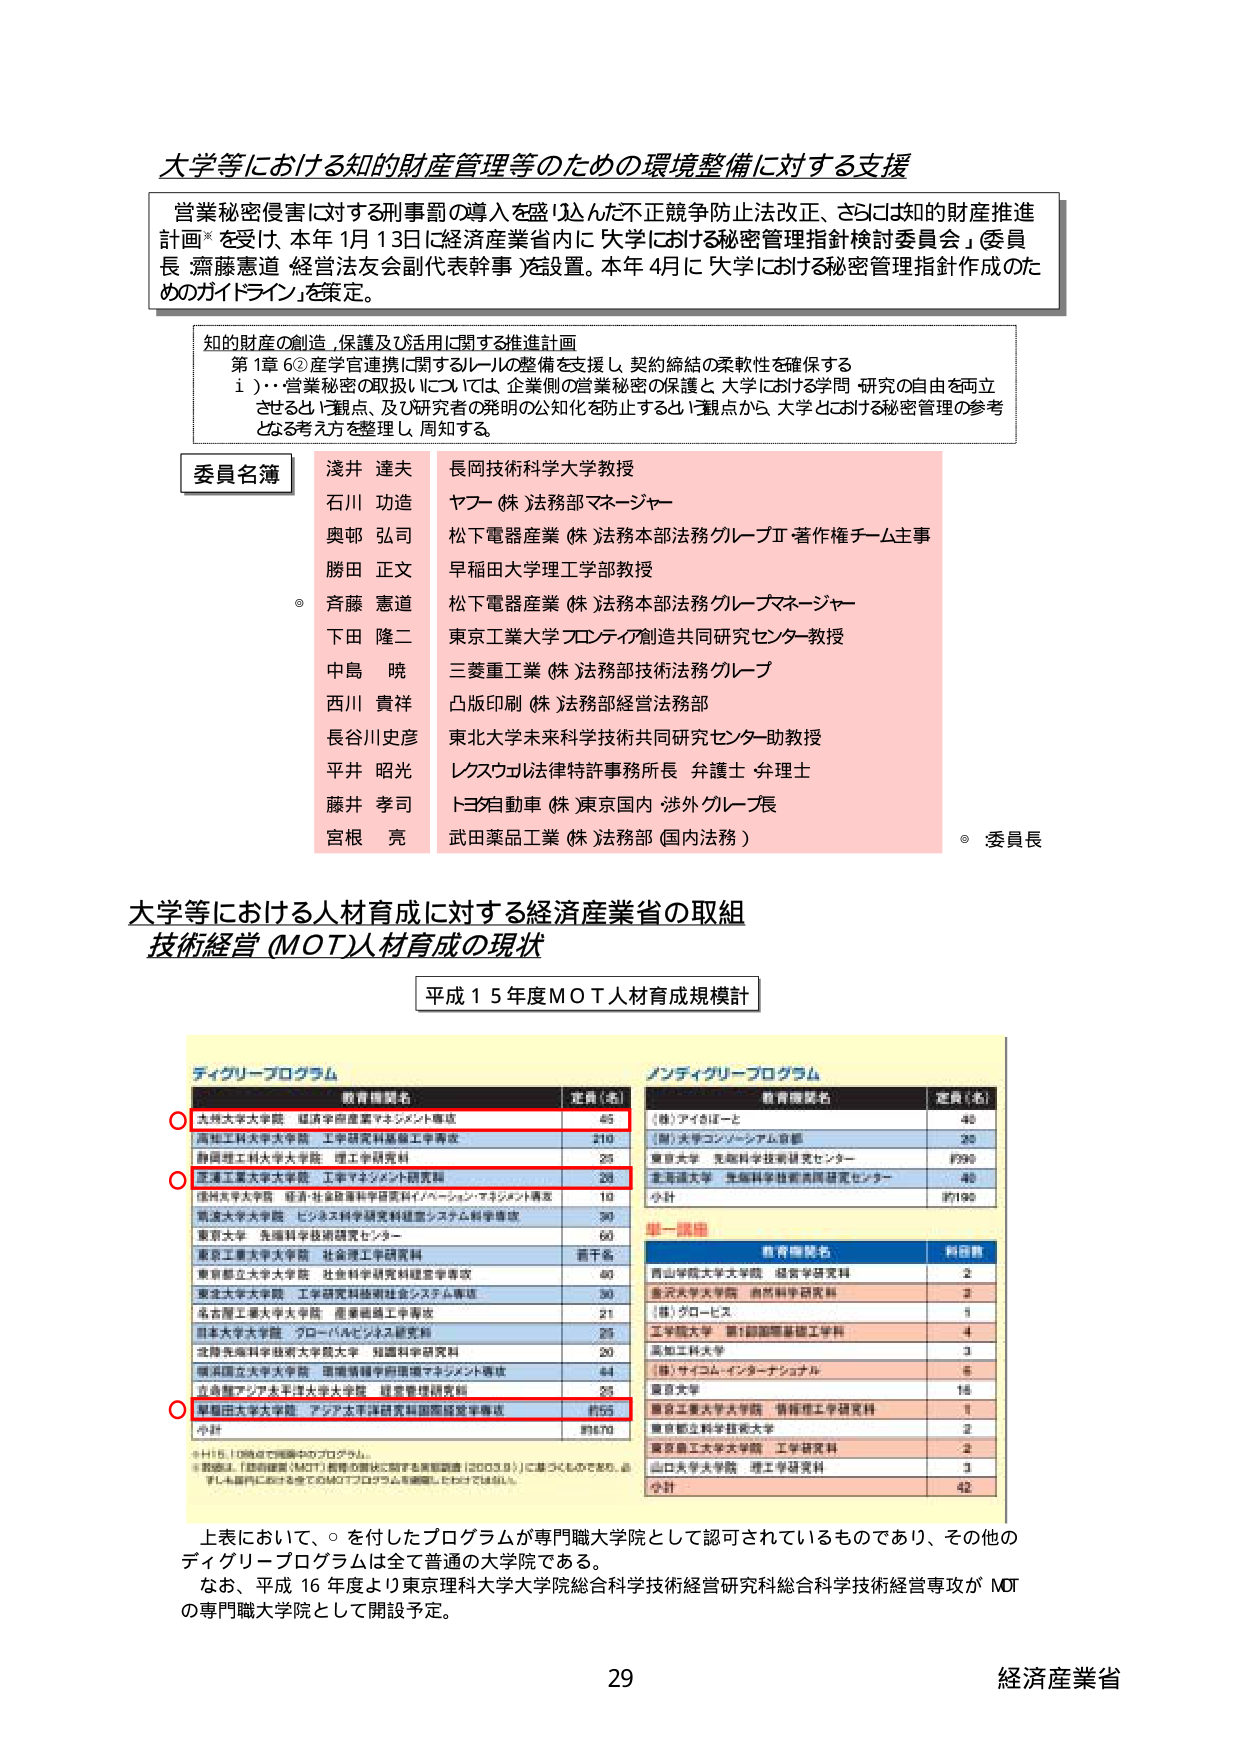
大学等における知的財産管理等のための環境整備に対する支援

営業秘密侵害に対する刑事罰の導入を盛り込んだ不正競争防止法改正、さらには知的財産推進計画*を受け、本年1月13日に経済産業省内に「大学における秘密管理指針検討委員会」（委員長 齋藤恵道 経営法友会副代表幹事）を設置。本年4月に「大学における秘密管理指針作成のためのガイドライン」を策定。

知的財産の創造、保護及び活用に関する推進計画
第1章 6②産学官連携に関するルールの整備を支援し、契約締結の柔軟性を確保する
1）・営業秘密の取扱いについては、企業側の営業秘密の保護と、大学における学問・研究の自由を両立させるという観点、及び研究者の発明の公知化を防止するという観点から、大学における秘密管理の参考となる考え方を整理し、周知する。

委員名簿
浅井 達夫 長岡技術科学大学教授
石川 功造 ヤフー（株）法務部マネージャー
奥邨 弘司 松下電器産業（株）法務本部法務グループⅡ 著作権チーム主事
勝田 正文 早稲田大学理工学部教授
斉藤 恵道 松下電器産業（株）法務本部法務グループマネージャー
下田 隆二 東京工業大学プロテクティア創造共同研究センター教授
中島 暁 三菱重工業（株）法務部技術法務グループ
西川 貴祥 凸版印刷（株）法務部経営法務部
長谷川史彦 東北大学未来科学技術共同研究センター助教授
平井 昭光 レクスウェル法律特許事務所長 弁護士・弁理士
藤井 孝司 トヨタ自動車（株）東京国内・渉外グループ長
宮根 亮 武田薬品工業（株）法務部（国内法務）
◎ 委員長

大学等における人材育成に対する経済産業省の取組
技術経営（MOT）人材育成の現状

平成15年度MOT人材育成規模計

ディグリープログラム
教育機関名 定員（名）
○ 北海道大学大学院 経済学研究科経営マネジメント専攻 45
高知工科大学大学院 工学研究科基盤工学専攻 210
静岡理工科大学大学院 理工学研究科 25
○ 茨城工業大学大学院 工学マネジメント研究科 25
信州大学大学院 経済・社会基盤科学研究科インフォーメーションマネジメント専攻 10
筑波大学大学院 システム科学研究科経営システム科学専攻 30
東京大学 先端科学技術研究センター 60
東京工業大学大学院 社会理工学研究科 若干名
東京都市立大学大学院 社会科学研究科経営学専攻 60
東北大学大学院 工学研究科技術社会システム専攻 30
名古屋工業大学大学院 産業創造工学専攻 21
日本大学大学院 プロダクトマネジメント研究科 25
北陸先端科学技術大学院大学 知識科学研究科 20
横浜国立大学大学院 国際情報学府情報マネジメント専攻 64
○ 京都産業大学大学院 経営管理研究科 25
早稲田大学大学院 アジア太平洋研究科国際経営専攻 約55
小計 約470

※H15.10時点で掲載中のプログラム。
※数値は、「経営職（MOT）人材育成推進に関する基本調査（2003.8）」に基づくものであり、必ずしも現行における全てのMOTプログラムを網羅したわけではありません。

ノンディグリープログラム
教育機関名 定員（名）
（株）アイキぼーと 40
（財）大学コンソーシアム京都 20
東京大学 先端科学技術研究センター 約90
北海道大学 先端科学技術共同研究センター 40
小計 約190

単一講座
教育機関名 料金数
青山学院大学大学院 経営学研究科 2
金沢大学大学院 自然科学研究科 2
（株）クロービス 1
工学院大学 第1回国際基盤工学科 4
高知工科大学 3
（株）サイコム・インターナショナル 5
東京大学 16
東京工業大学大学院 情報理工学研究科 1
東京都立科学技術大学 2
東京農工大学大学院 工学研究科 2
山口大学大学院 理工学研究科 3
小計 42

上表において、○を付したプログラムが専門職大学院として認可されているものであり、その他のディグリープログラムは全て普通の大学院である。
なお、平成16年度より東京理科大学大学院総合科学技術経営研究科総合科学技術経営専攻がMOTの専門職大学院として開設予定。

29
経済産業省